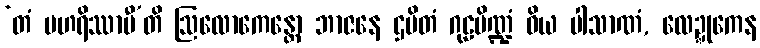
‘တံ ပဟရိဿာမီ’တိ ဩလောကေန္တော ဘာဇနေ ဌပိတံ ဂုဠပိဏ္ဍံ ဝိယ ပါသာဏံ, လေဍ္ဍုကေန